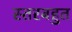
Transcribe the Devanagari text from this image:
स्तरबहुत